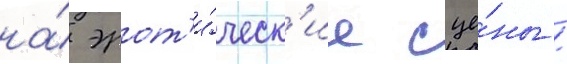
на́ эрот'и́ческ'ие сце́ны /